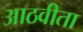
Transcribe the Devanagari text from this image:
आठवीता